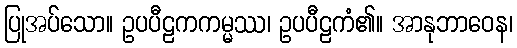
ပြုအပ်သော။ ဥပပီဠကကမ္မဿ၊ ဥပပီဠကံ၏။ အာနုဘာဝေန၊